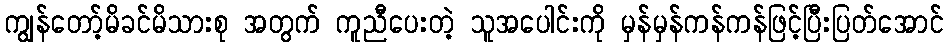
ကျွန်တော့်မိခင်မိသားစု အတွက် ကူညီပေးတဲ့ သူအပေါင်းကို မှန်မှန်ကန်ကန်ဖြင့်ပြီးပြတ်အောင်